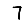
Digit: 7